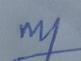
Signature authenticity: genuine